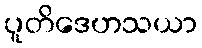
ပူတိဒေဟသယာ